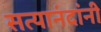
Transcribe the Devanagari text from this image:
सत्यानंदांनी